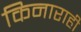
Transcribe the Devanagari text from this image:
किनाराही